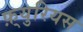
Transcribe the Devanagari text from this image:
फ़्युरियस